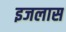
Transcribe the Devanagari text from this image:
इजलास